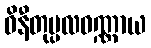
ဝိနီတုပ္ပလဝဏ္ဏာယ